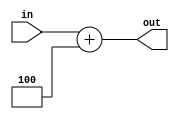
module adder_plus_4(
    input  [31:0] in,
    output [31:0] out
);
    assign out = in + 4;
endmodule